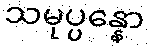
သမုပ္ပန္နော